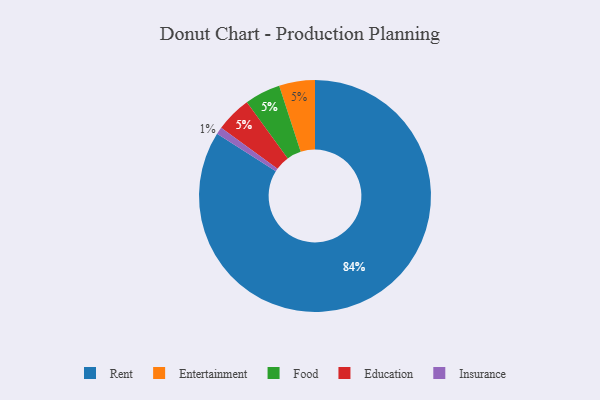
{"axis": {"x": "Category", "y": "Percentage"}, "legend": ["Education", "Entertainment", "Food", "Insurance", "Rent"], "data": [{"x": "Entertainment", "y": 5, "type": "Entertainment"}, {"x": "Food", "y": 5, "type": "Food"}, {"x": "Insurance", "y": 1, "type": "Insurance"}, {"x": "Education", "y": 5, "type": "Education"}, {"x": "Rent", "y": 84, "type": "Rent"}]}